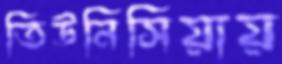
তিউনিসিয়ায়